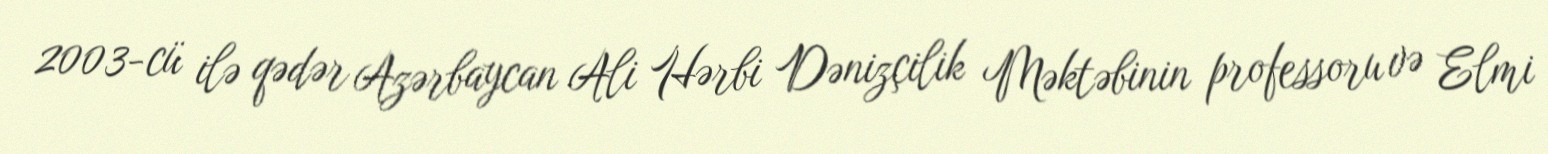
2003-cü ilə qədər Azərbaycan Ali Hərbi Dənizçilik Məktəbinin professoru və Elmi